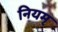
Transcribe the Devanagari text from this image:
नियम्